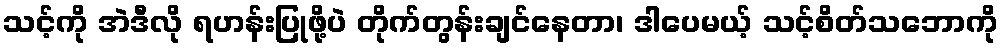
သင့်ကို အဲဒီလို ရဟန်းပြုဖို့ပဲ တိုက်တွန်းချင်နေတာ၊ ဒါပေမယ့် သင့်စိတ်သဘောကို